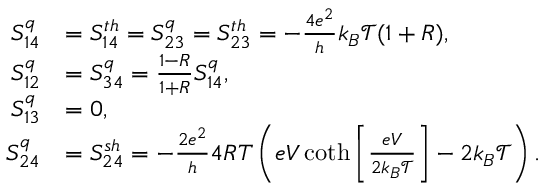
\begin{array} { r l } { S _ { 1 4 } ^ { q } } & { = { S _ { 1 4 } ^ { t h } } = S _ { 2 3 } ^ { q } = { S _ { 2 3 } ^ { t h } } = - \frac { 4 e ^ { 2 } } { h } k _ { B } \mathcal { T } ( 1 + R ) , } \\ { S _ { 1 2 } ^ { q } } & { = S _ { 3 4 } ^ { q } = \frac { 1 - R } { 1 + R } S _ { 1 4 } ^ { q } , } \\ { S _ { 1 3 } ^ { q } } & { = 0 , } \\ { S _ { 2 4 } ^ { q } } & { = { S _ { 2 4 } ^ { s h } } = - \frac { 2 e ^ { 2 } } { h } 4 R T \left( e V \coth \left[ \frac { e V } { 2 k _ { B } \mathcal { T } } \right] - 2 k _ { B } \mathcal { T } \right) . } \end{array}